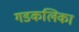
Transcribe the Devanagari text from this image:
गडकलिका